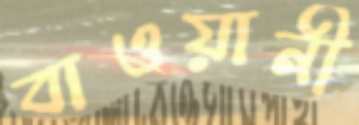
বাওয়ানী